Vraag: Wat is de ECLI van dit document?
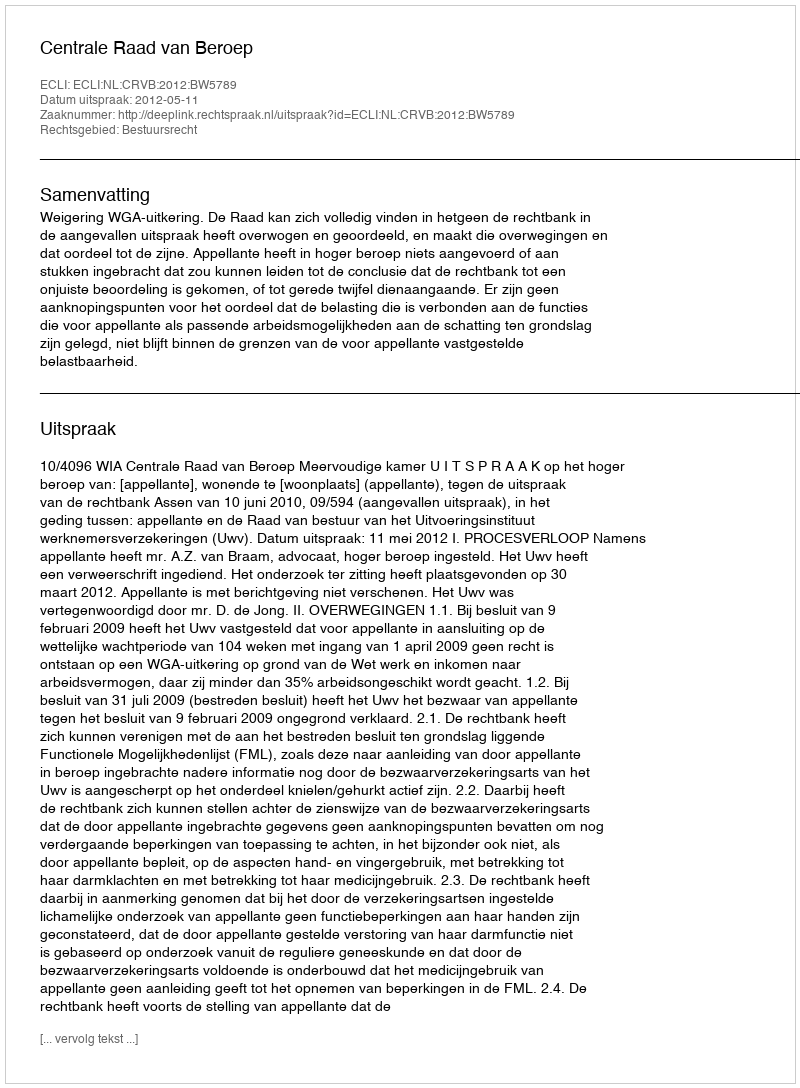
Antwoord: ECLI:NL:CRVB:2012:BW5789